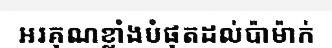
អរគុណខ្លាំងបំផុតដល់ប៉ាម៉ាក់